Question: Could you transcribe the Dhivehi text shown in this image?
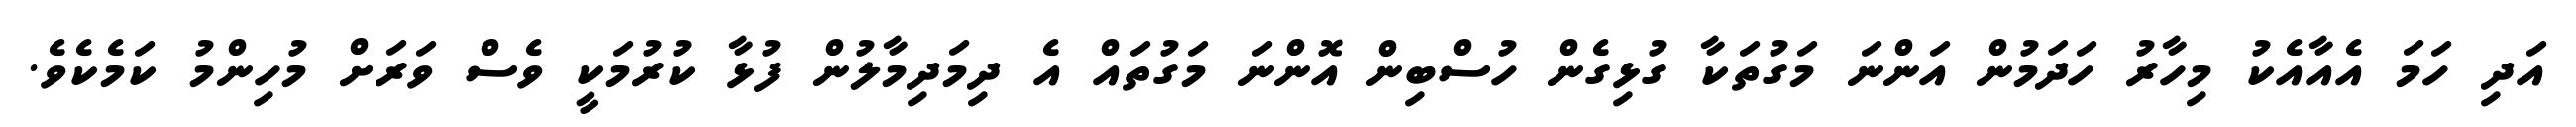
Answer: އަދި ހަމަ އެއާއެކު މިހާރު ހަދަމުން އަންނަ މަގުތަކާ ގުޅިގެން ހުސްބިން އޮންނަ މަގުތައް އެ ދިމަދިމާލުން ފުޅާ ކުރުމަކީ ވެސް ވަރަށް މުހިންމު ކަމެކެވެ.